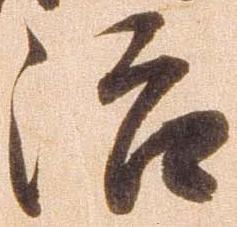
治